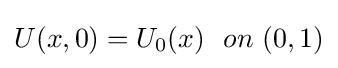
U(x,0)=U_{0}(x)\ \ on\ (0,1)